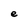
Character: e